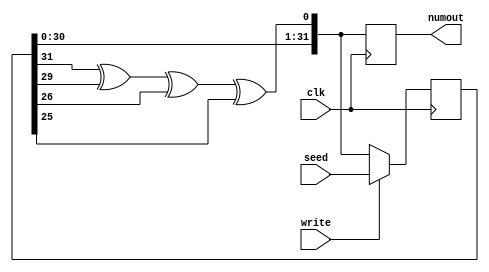
module LFSR_3(
    output [31:0] numout,
    input [31:0] seed,
    input write,
    input clk
    );
    
    reg [31:0] numout;
    reg [31:0] state;
    reg xoroutcome;   //legacy variable from previous iterations, I left it here because I'm lazy
    
    always @(posedge clk)
    begin
         numout[31:1] = state[30:0];  //essentially performs a left shift operation without actually using the <<
         xoroutcome = state[31] ^ state[29] ^ state[26] ^ state[25];  //new bit inserted using these bit 'taps'
         numout[0] = xoroutcome;
         if(write == 1'b1) state = seed;  //uf the write signal is high, a new seed is written in instead of using numout
         else state = numout;             //updates the shfit register if write is low
    end        
endmodule